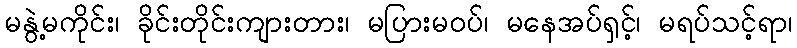
မနွဲ့မကိုင်း၊ ခိုင်းတိုင်းကျားတား၊ မပြားမဝပ်၊ မနေအပ်ရှင့်၊ မရပ်သင့်ရာ၊